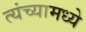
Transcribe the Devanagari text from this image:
त्यंच्यामध्ये